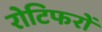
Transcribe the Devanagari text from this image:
रोटिफरों